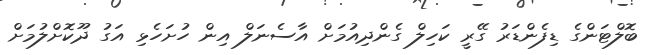
ބޮލްޓަންގެ ޑިފެންޑަރު ގޭރީ ކަހިލް ގެންދިއުމަށް އާސެނަލް އިން ހުށަހެޅި އަގު ދޫކޮށްލުމަށް